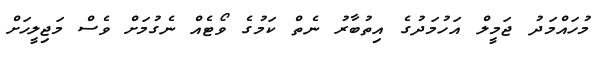
މުހައްމަދު ޖަމީލް އަހުމަދުގެ އިތުބާރު ނެތް ކަމުގެ ވޯޓެއް ނެގުމަށް ވެސް މަޖިލީހަށް